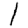
Digit: 1